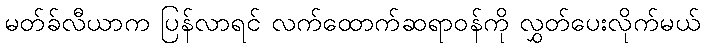
မတ်ခ်လီယာက ပြန်လာရင် လက်ထောက်ဆရာဝန်ကို လွှတ်ပေးလိုက်မယ်